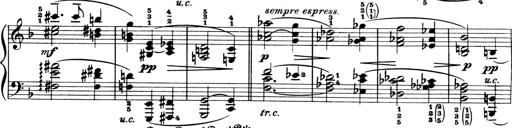
Title: 4 Sonatines
Composer: Max Reger